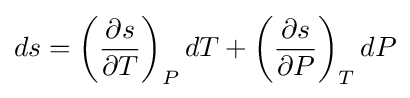
ds=\left({{\partial s} \over {\partial T}}\right)_{P}dT+\left({{\partial s} \over {\partial P}}\right)_{T}dP